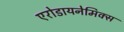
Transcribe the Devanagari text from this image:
एरोडायनेमिक्स